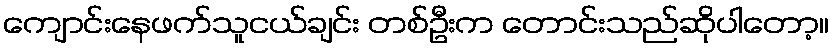
ကျောင်းနေဖက်သူငယ်ချင်း တစ်ဦးက တောင်းသည်ဆိုပါတော့။